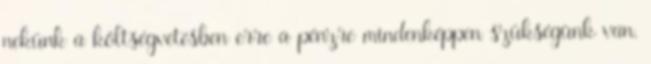
nekünk a költségvetésben erre a pénzre mindenképpen szükségünk van.